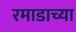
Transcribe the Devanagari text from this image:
रमाडाच्या